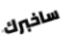
ساخبرك